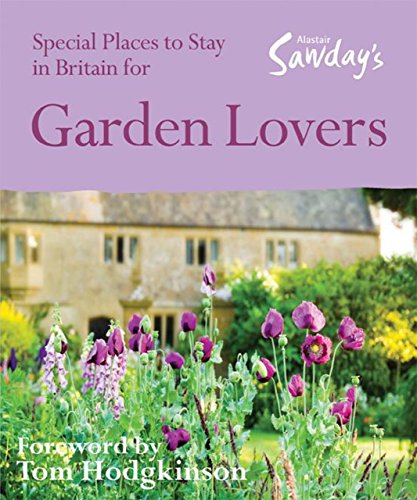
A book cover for Special Places to Stay in Britain for Garden Lovers, 6th; Nicola Crosse; Travel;